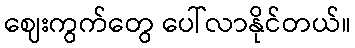
ဈေးကွက်တွေ ပေါ်လာနိုင်တယ်။